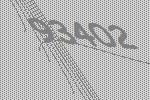
93402